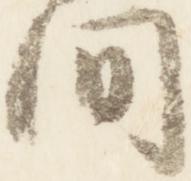
間